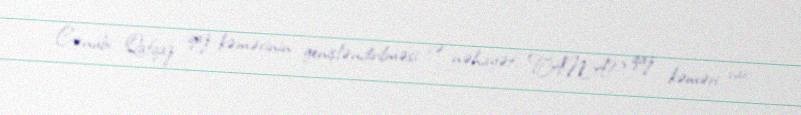
Cənubi Qafqaz qaz kəmərinin genişləndirilməsi və nəhayət, TANAP qaz kəməri var.